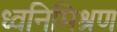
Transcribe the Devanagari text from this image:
ध्वनिमिश्रण